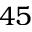
4 5